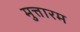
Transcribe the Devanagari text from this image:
मुत्तारम